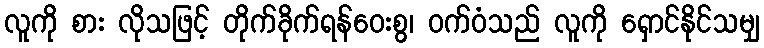
လူကို စား လိုသဖြင့် တိုက်ခိုက်ရန်ဝေးစွ၊ ဝက်ဝံသည် လူကို ရှောင်နိုင်သမျှ